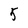
Character: 5